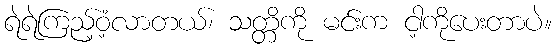
ရဲရဲကြည့်ဝံ့လာတယ်၊ သတ္တိကို မင်းက ငါ့ကိုပေးတာပဲ။